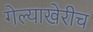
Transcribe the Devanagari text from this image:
गेल्याखेरीच